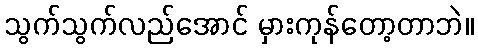
သွက်သွက်လည်အောင် မှားကုန်တော့တာဘဲ။